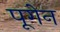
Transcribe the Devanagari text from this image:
पूगेन